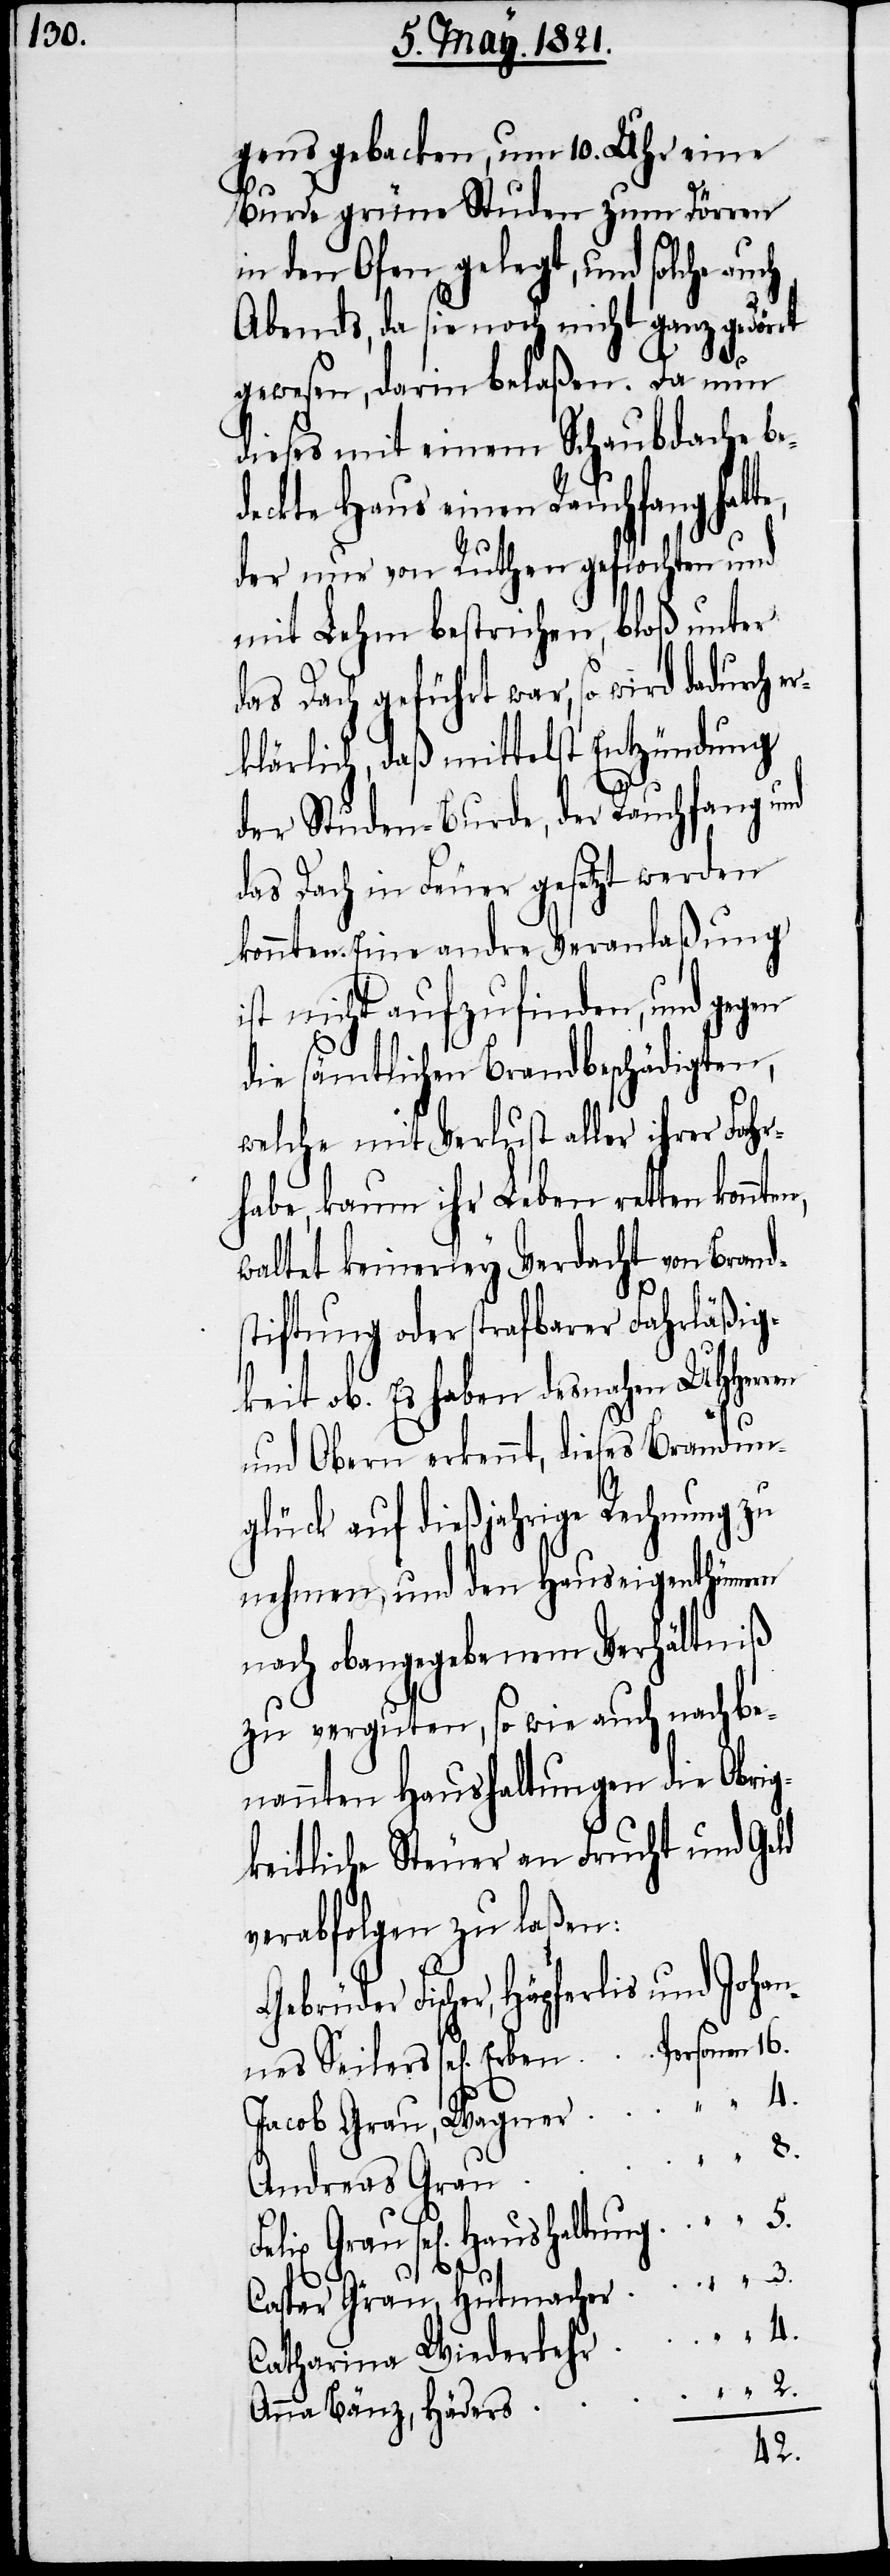
gens gebacken, um 10. Uhr eine
Burde grüne Studen zum Dörren
in den Ofen gelegt, und solche auch
Abends, da sie noch nicht ganz gedörrt
4.
gewesen, darin belaßen. Da nun
dieses mit einem Schaubdach be¬
deckte Haus einen Rauchfang hat¬
der nur von Ruthen geflochten und
mit Lehm bestrichen, bloß unter
das Dach geführt war, so wird dadurch er¬
klärlich, daß mittelst Entzündung
der Studen-Burde, der Rauchfang und
das Dach in Feuer gesetzt werden
konnten. Eine andre Veranlaßung
ist nicht aufzufinden, und gegen
die sämtlichen Brandbeschädigten,
welche mit Verlust aller ihrer Fahr¬
habe, kaum ihr Leben retten
waltet keinerley Verdacht von Brand¬
stiftung oder strafbarer Fahrläßig¬
keit ob. Es haben desnahen UHHerren
und Obern erkennt, dieses Brandun¬
glück auf dießjährige Rechnung zu
nehmen, und den Hauseigenthümern
nach obangegebenem Verhältniß
zu verguten, so wie auch nachbe¬
nannten Haushaltungen die Obrig¬
keitliche Steuer an Frucht und Geld
verabfolgen zu laßen:
Gebrüder Fischer, Hüpferlis und Johan¬
nes Seilers sel[igen] Erben
Jacob Grau, Wagner
Andreas Grau
sel[igen] Haushaltung
Caspar Grau, Hutmacher
Catharina Wiederkehr
Anna Bänz, Häders
2.